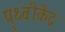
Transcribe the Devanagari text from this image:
पृथ्वीकेंद्र